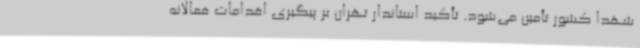
شهدا کشور تأمین می‌شود. تأکید استاندار تهران بر پیگیری اقدامات فعالانه